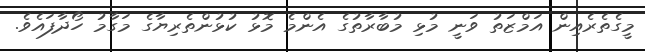
މީގެތެރެއިން އަމްޒަތު ވަނީ މުޅި މުބާރާތުގެ އެންމެ މޮޅު ކުޅުންތެރިޔާގެ މަގާމު ހޯދާފައެވެ.